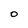
Character: O